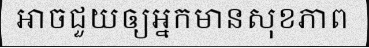
អាចជួយឲ្យអ្នកមានសុខភាព